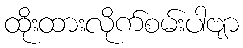
ထိုးထားလိုက်စမ်းပါဗျာ